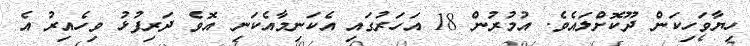
ހިޔާވަހިކަން ދޫކޮށްލައެވެ. އުމުރުން 18 އަހަރުގައި އެކަނިމާއެކަނި އޮވެ ދަރިފުޅު ވިހެއިރު އެ